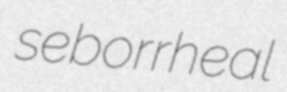
seborrheal